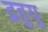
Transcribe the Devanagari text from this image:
द्रहुयु